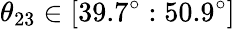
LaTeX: \theta_{23}\in[39.7^{\circ}:50.9^{\circ}]